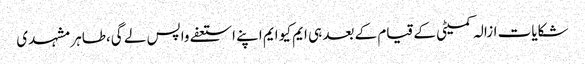
شکایات ازالہ کمیٹی کے قیام کے بعد ہی ایم کیو ایم اپنے استعفے واپس لے گی،طاہر مشہدی